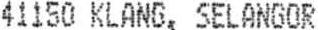
41150 KLANG, SELANGOR